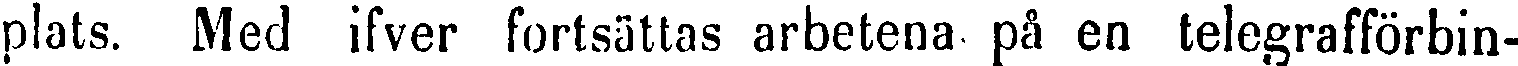
plats. Med ifver fortsättas arbetena, på en telegrafförbin-